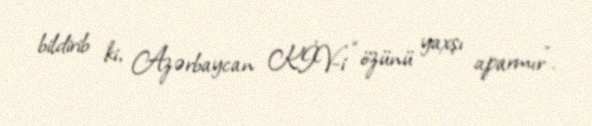
bildirib ki, Azərbaycan KİV-i “özünü yaxşı aparmır”.